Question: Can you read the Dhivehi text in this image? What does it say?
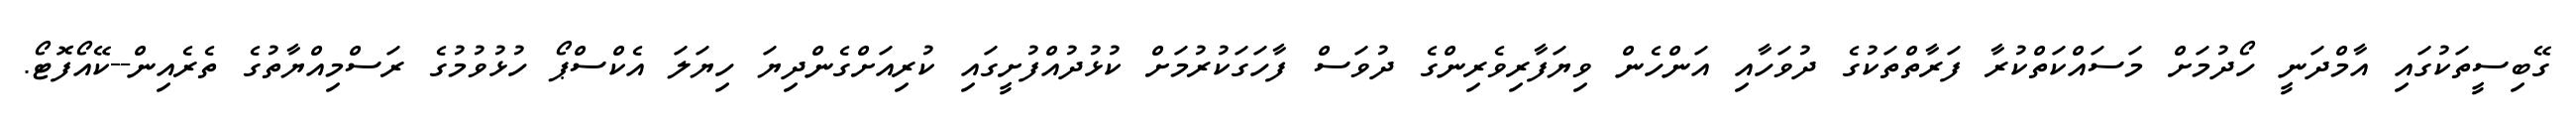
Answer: ގޭބިސީތަކުގައި އާމްދަނީ ހޯދުމަށް މަސައްކަތްކުރާ ފަރާތްތަކުގެ ދުވަހާއި އަންހެން ވިޔަފާރިވެރިންގެ ދުވަސް ފާހަގަކުރުމަށް ކުޅުދުއްފުށީގައި ކުރިއަށްގެންދިޔަ ހިޔަލަ އެކްސްޕޯ ހުޅުވުމުގެ ރަސްމިއްޔާތުގެ ތެރެއިން--ކޭއޯފޮޓޯ.